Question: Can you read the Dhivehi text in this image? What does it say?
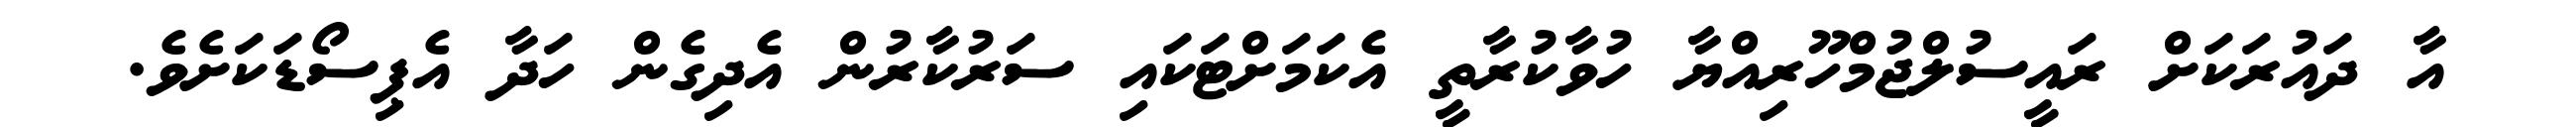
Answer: އާ ދައުރަކަށް ރައީސުލްޖުމްހޫރިއްޔާ ހުވާކުރާތީ އެކަމަށްޓަކައި ސަރުކާރުން އެދިގެން ހަދާ އެޕިސޯޑަކަށެވެ.